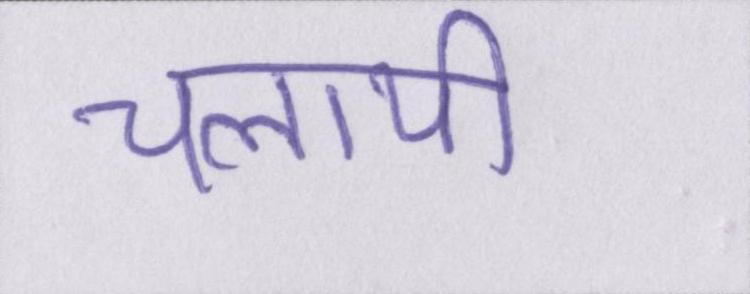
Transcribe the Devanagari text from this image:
चलायी